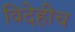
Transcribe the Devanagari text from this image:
विदेहीच